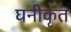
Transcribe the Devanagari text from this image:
घनीकृत